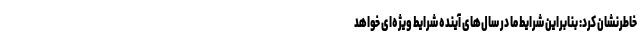
خاطرنشان کرد: بنابراین شرایط ما در سال‌های آینده شرایط ویژه‌ای خواهد